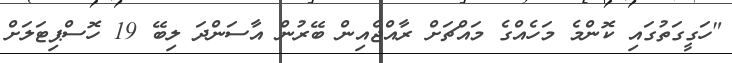
"ހަގީގަތުގައި ކޮންމެ މަހެއްގެ މައްޗަށް ރާއްޖެއިން ބޭރުން އާސަންދަ ލިބޭ 19 ހޮސްޕިޓަލަށް